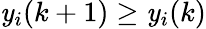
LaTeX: \mathit{y}_{i}(k+1)\geq\mathit{y}_{i}(k)